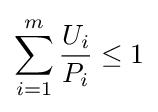
\sum _{i=1}^{m}{\frac {U_{i}}{P_{i}}}\leq 1